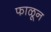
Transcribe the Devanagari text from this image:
फाळून